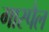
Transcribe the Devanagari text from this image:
गास्पैल